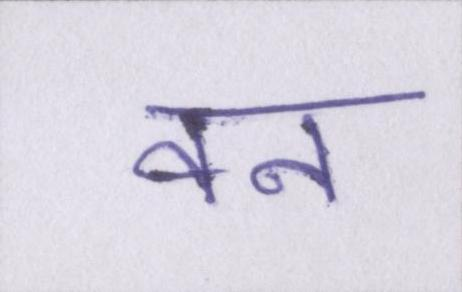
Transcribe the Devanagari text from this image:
वन